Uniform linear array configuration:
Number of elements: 8
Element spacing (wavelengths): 0.25
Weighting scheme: uniform
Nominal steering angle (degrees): -45
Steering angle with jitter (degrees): -46.504
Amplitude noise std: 0.05
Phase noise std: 0.05

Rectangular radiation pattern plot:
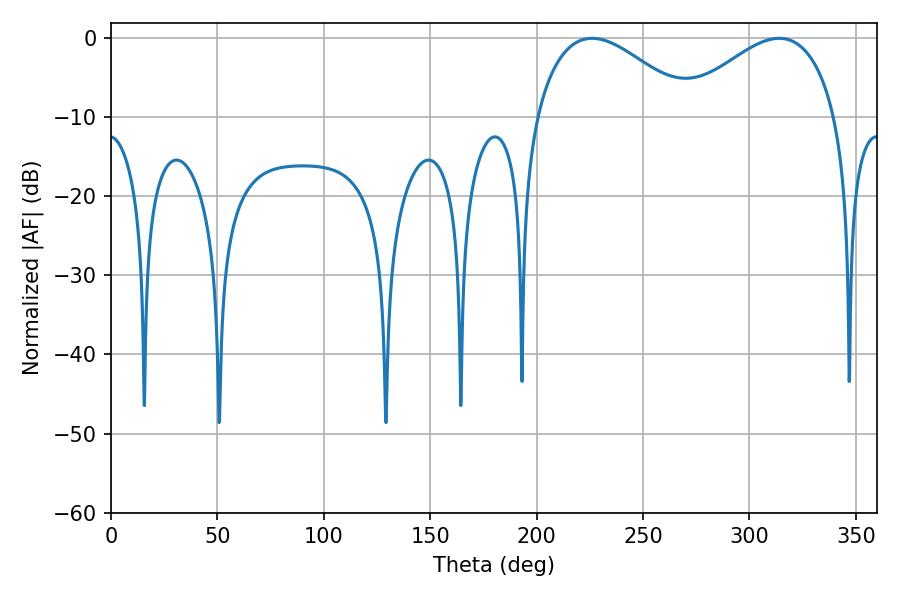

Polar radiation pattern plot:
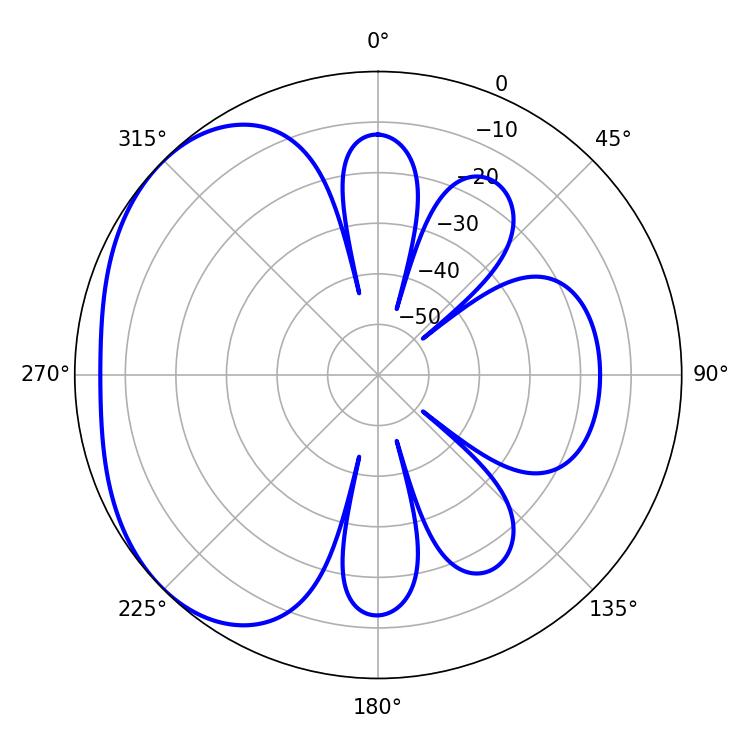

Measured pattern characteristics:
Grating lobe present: FALSE
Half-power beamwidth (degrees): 40.14
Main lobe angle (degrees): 226.08